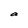
Character: a